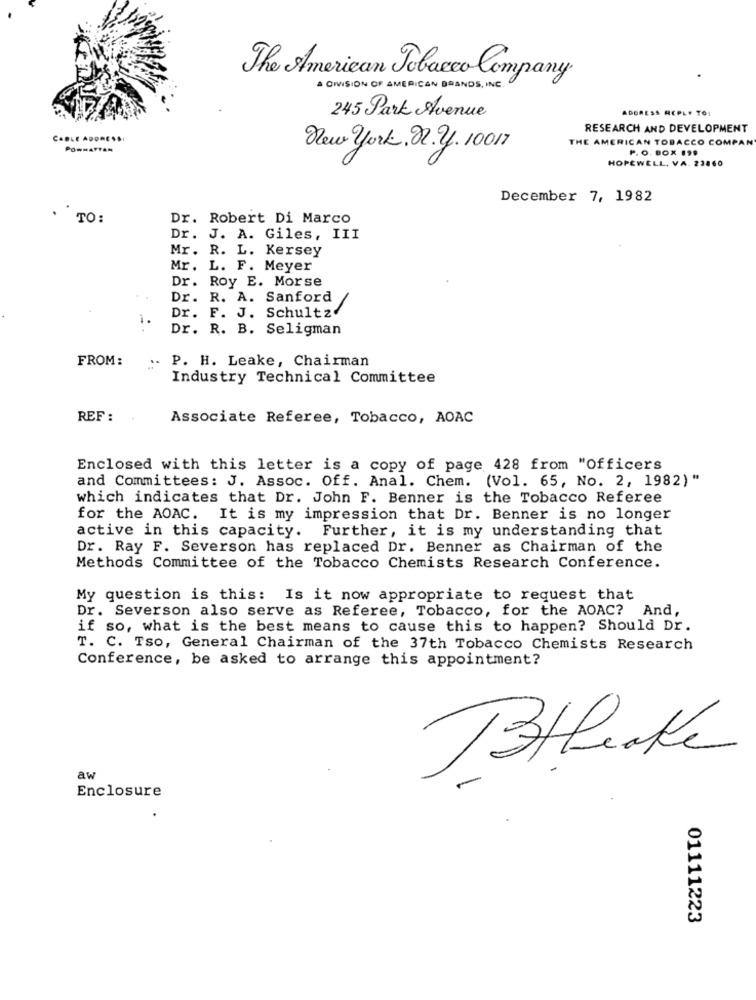
The American Tobacco Company
A DIVISION OF AMERICAN BRANDS, INC.
ADDRESS REPLY TO:
245 Park Avenue
RESEARCH AND DEVELOPMENT
CABLE ADORESSI
THE AMERICAN TOBACCO COMPAN
PONMATTAN
New york, 22. 2. 10017
P. O. BOX 199
HOPEWELL, VA. 23860
December 7, 1982
TO:
Dr. Robert Di Marco
Dr. J. A. Giles, III
Mr. R. L. Kersey
Mr. L. F. Meyer
Dr. Roy E. Morse
Dr. R. A. Sanford
Dr. F. J. Schultz.
Dr. R. B. Seligman
FROM:
P. H. Leake, Chairman
Industry Technical Committee
REF :
Associate Referee, Tobacco, AOAC
Enclosed with this letter is a copy of page 428 from "Officers
and Committees: J. Assoc. Off. Anal. Chem. (Vol. 65, No. 2, 1982)"
which indicates that Dr. John F. Benner is the Tobacco Referee
for the AOAC. It is my impression that Dr. Benner is no longer
active in this capacity. Further, it is my understanding that
Dr. Ray F. Severson has replaced Dr. Benner as Chairman of the
Methods Committee of the Tobacco Chemists Research Conference.
My question is this: Is it now appropriate to request that
Dr. Severson also serve as Referee, Tobacco, for the AOAC? And,
if so, what is the best means to cause this to happen? Should Dr.
T. C. Tso, General Chairman of the 37th Tobacco Chemists Research
Conference, be asked to arrange this appointment?
Blake
aw
Enclosure
01111223